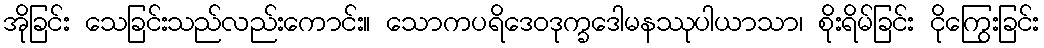
အိုခြင်း သေခြင်းသည်လည်းကောင်း။ သောကပရိဒေဝဒုက္ခဒေါမနဿုပါယာသာ၊ စိုးရိမ်ခြင်း ငိုကြွေးခြင်း